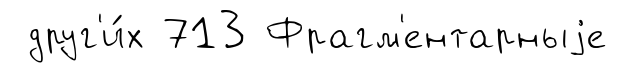
друг'и́х 713 Фрагм'ентарныjе